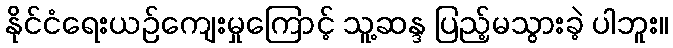
နိုင်ငံရေးယဉ်ကျေးမှုကြောင့် သူ့ဆန္ဒ ပြည့်မသွားခဲ့ ပါဘူး။